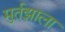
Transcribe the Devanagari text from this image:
मुर्तझाला